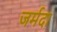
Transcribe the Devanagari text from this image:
जर्मदा